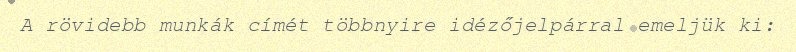
A rövidebb munkák címét többnyire idézőjelpárral emeljük ki: